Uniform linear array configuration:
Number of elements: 24
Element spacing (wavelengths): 1
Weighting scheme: binomial
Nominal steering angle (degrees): -60
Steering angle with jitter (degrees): -58.454
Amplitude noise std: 0.05
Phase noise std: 0.05

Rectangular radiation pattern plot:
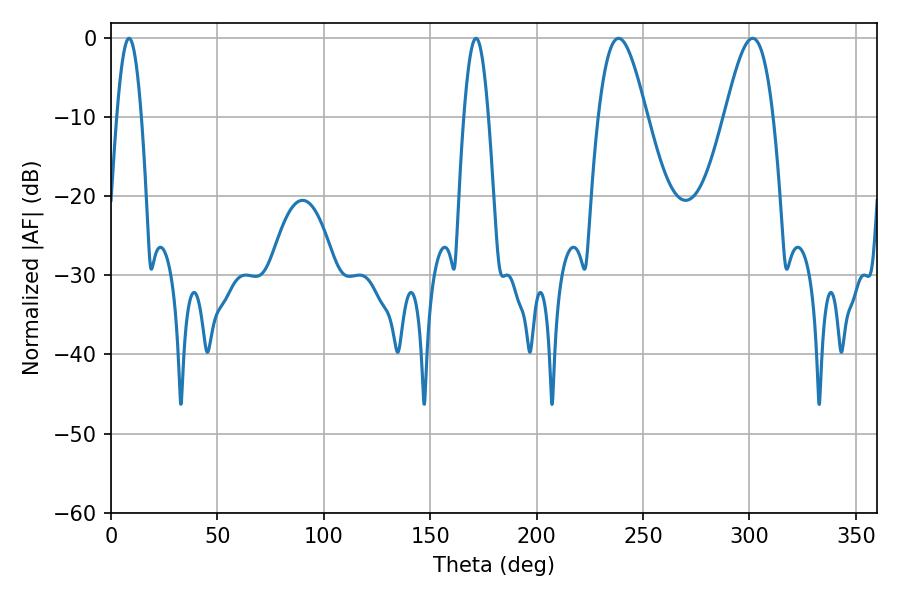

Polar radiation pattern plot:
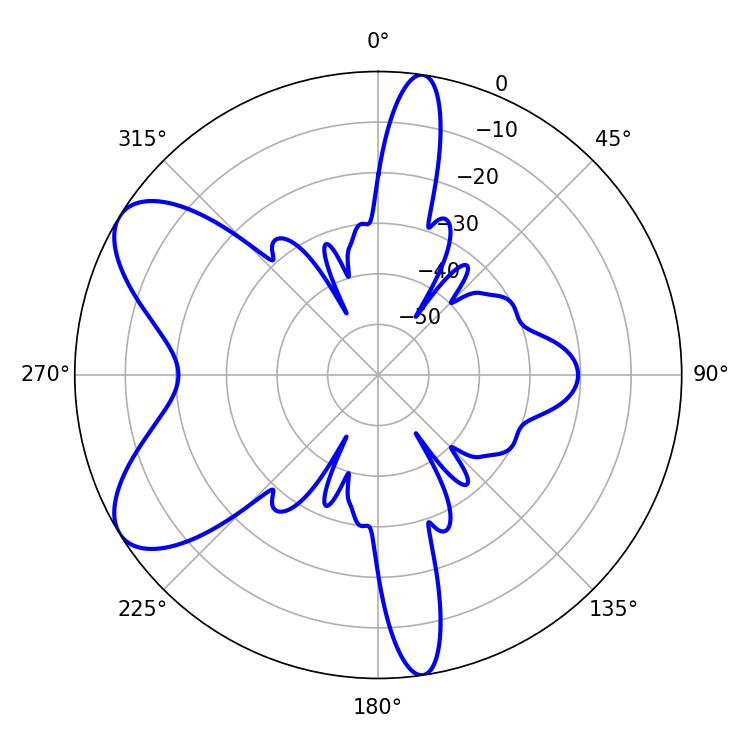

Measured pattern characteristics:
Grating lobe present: TRUE
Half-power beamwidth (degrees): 12.24
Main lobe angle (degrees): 238.5